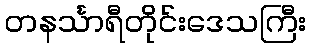
တနင်္သာရီတိုင်းဒေသကြီး